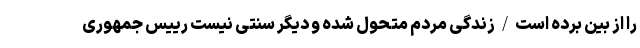
را از بین برده است/زندگی مردم متحول شده و دیگر سنتی نیست رییس جمهوری